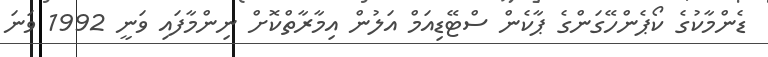
ޑެންމާކުގެ ކޯޕެންހޭގަންގެ ޕާކެން ސްޓޭޑިއަމް އަލުން އިމާރާތްކޮށް ނިންމާފައި ވަނީ 1992 ވަނަ